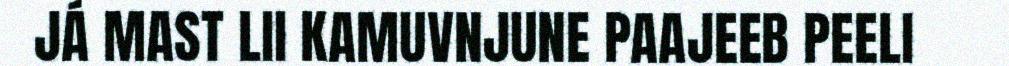
JÁ MAST LII KAMUVNJUNE PAAJEEB PEELI